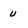
Character: u